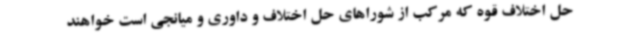
حل اختلاف قوه که مرکب از شوراهای حل اختلاف و داوری و میانجی است خواهند